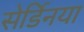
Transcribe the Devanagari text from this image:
सेर्डिनया